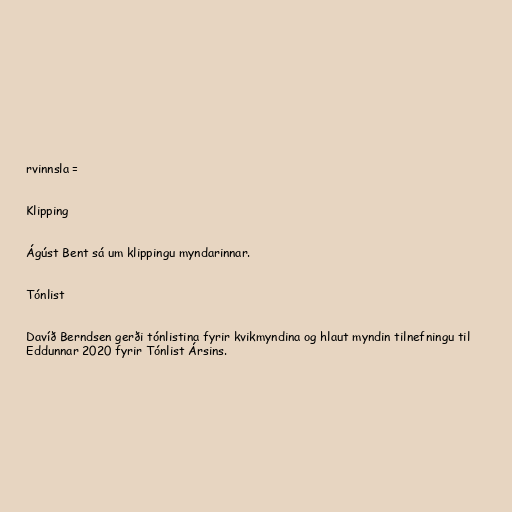
rvinnsla =

Klipping

Ágúst Bent sá um klippingu myndarinnar.

Tónlist

Davíð Berndsen gerði tónlistina fyrir kvikmyndina og hlaut myndin tilnefningu til
Eddunnar 2020 fyrir Tónlist Ársins.